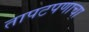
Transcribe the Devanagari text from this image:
तापटपणाचा